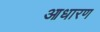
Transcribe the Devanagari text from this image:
आधारण